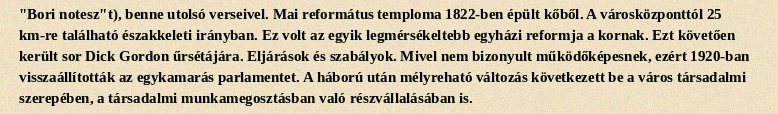
"Bori notesz"t), benne utolsó verseivel. Mai református temploma 1822-ben épült kőből. A városközponttól 25 km-re található északkeleti irányban. Ez volt az egyik legmérsékeltebb egyházi reformja a kornak. Ezt követően került sor Dick Gordon űrsétájára. Eljárások és szabályok. Mivel nem bizonyult működőképesnek, ezért 1920-ban visszaállították az egykamarás parlamentet. A háború után mélyreható változás következett be a város társadalmi sze­repében, a társadalmi munkamegosztásban való rész­vál­lalásában is.